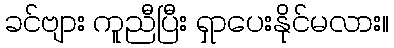
ခင်ဗျား ကူညီပြီး ရှာပေးနိုင်မလား။